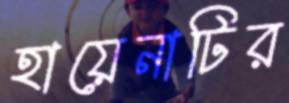
হায়েনাটির